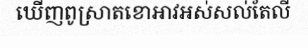
ឃើញពូស្រាតខោអាវអស់សល់តែលី